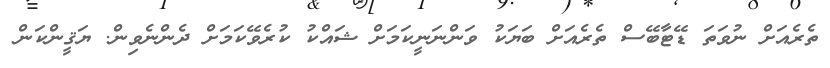
ތެރެއަށް ނުވަތަ ޑޭޓާބޭސް ތެރެއަށް ބަޔަކު ވަންނަނީކަމަށް ޝައްކު ކުރެވޭކަމަށް ދެންނެވިން. ޔަޤީންކަން